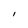
Character: l